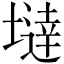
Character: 𡐿